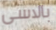
بالاسى